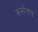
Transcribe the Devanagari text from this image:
कर्मालाच